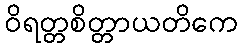
ဝိရတ္တစိတ္တာယတိကေ